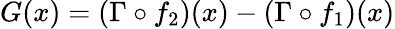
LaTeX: G(x)=(\Gamma\circ f_{2})(x)-(\Gamma\circ f_{1})(x)